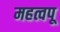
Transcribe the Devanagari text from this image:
महत्वपू